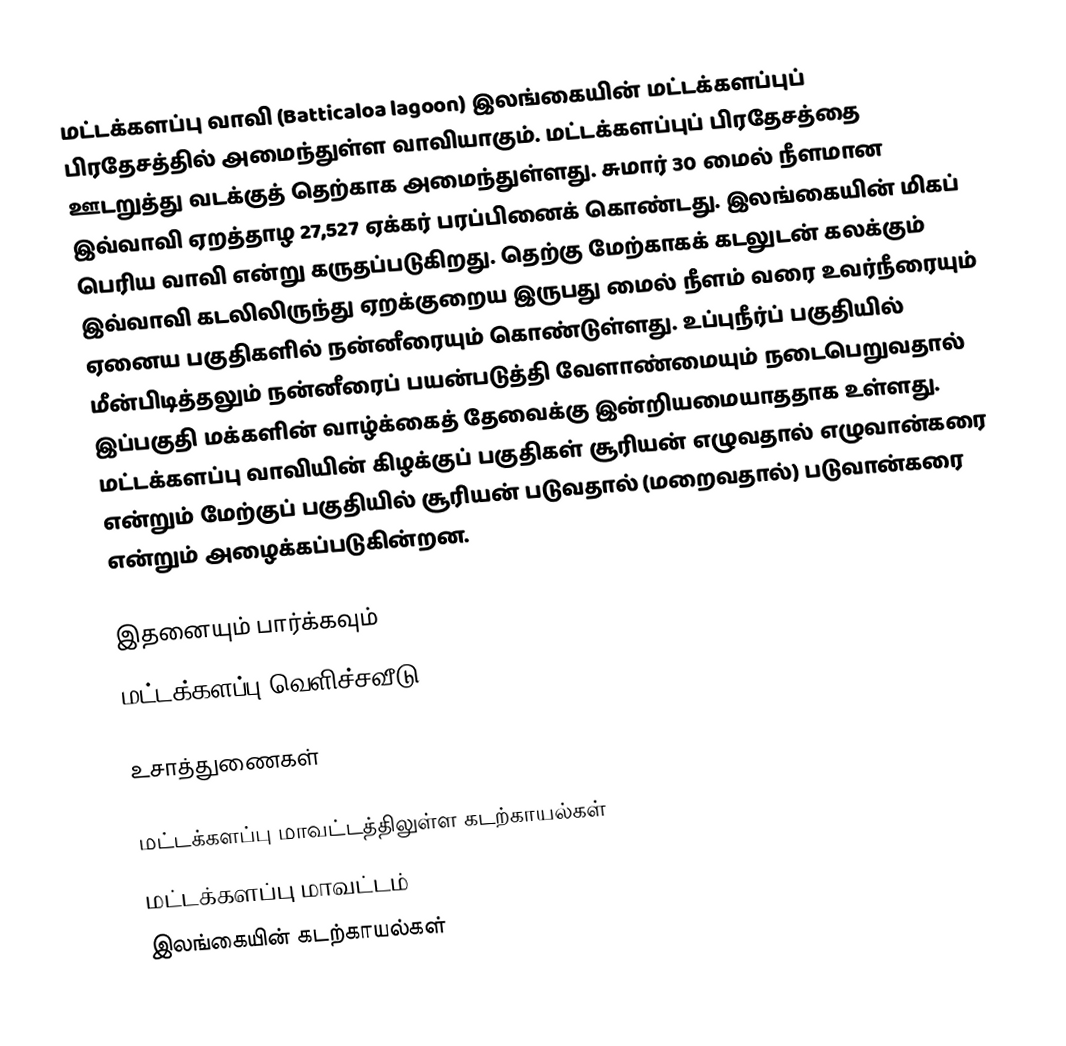
மட்டக்களப்பு வாவி (Batticaloa lagoon) இலங்கையின் மட்டக்களப்புப் பிரதேசத்தில் அமைந்துள்ள வாவியாகும். மட்டக்களப்புப் பிரதேசத்தை ஊடறுத்து வடக்குத் தெற்காக அமைந்துள்ளது. சுமார் 30 மைல் நீளமான இவ்வாவி ஏறத்தாழ 27,527 ஏக்கர் பரப்பினைக் கொண்டது. இலங்கையின் மிகப் பெரிய வாவி என்று கருதப்படுகிறது. தெற்கு மேற்காகக் கடலுடன் கலக்கும் இவ்வாவி கடலிலிருந்து ஏறக்குறைய இருபது மைல் நீளம் வரை உவர்நீரையும் ஏனைய பகுதிகளில் நன்னீரையும் கொண்டுள்ளது. உப்புநீர்ப் பகுதியில் மீன்பிடித்தலும் நன்னீரைப் பயன்படுத்தி வேளாண்மையும் நடைபெறுவதால் இப்பகுதி மக்களின் வாழ்க்கைத் தேவைக்கு இன்றியமையாததாக உள்ளது. மட்டக்களப்பு வாவியின் கிழக்குப் பகுதிகள் சூரியன் எழுவதால் எழுவான்கரை என்றும் மேற்குப் பகுதியில் சூரியன் படுவதால் (மறைவதால்) படுவான்கரை என்றும் அழைக்கப்படுகின்றன.

இதனையும் பார்க்கவும்
 மட்டக்களப்பு வெளிச்சவீடு

உசாத்துணைகள்

மட்டக்களப்பு மாவட்டத்திலுள்ள கடற்காயல்கள்
மட்டக்களப்பு மாவட்டம்
இலங்கையின் கடற்காயல்கள்